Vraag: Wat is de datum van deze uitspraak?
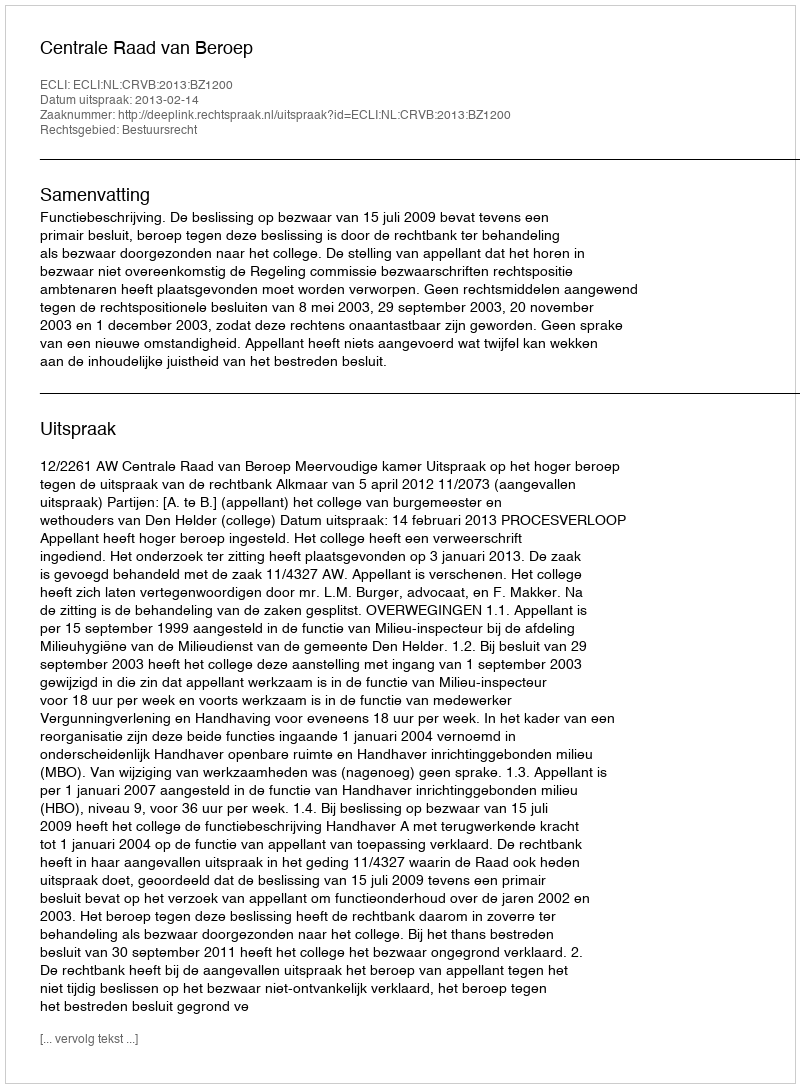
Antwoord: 2013-02-14